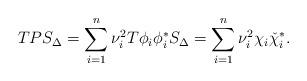
LaTeX: \begin{align*} TP S_{\Delta}=\sum_{i=1}^n \nu_i^2 T\phi_i \phi_i^*S_{\Delta}=\sum_{i=1}^n \nu_i^2 \chi_i \check{\chi}_i^*.\end{align*}